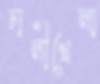
ঢালীখেলা